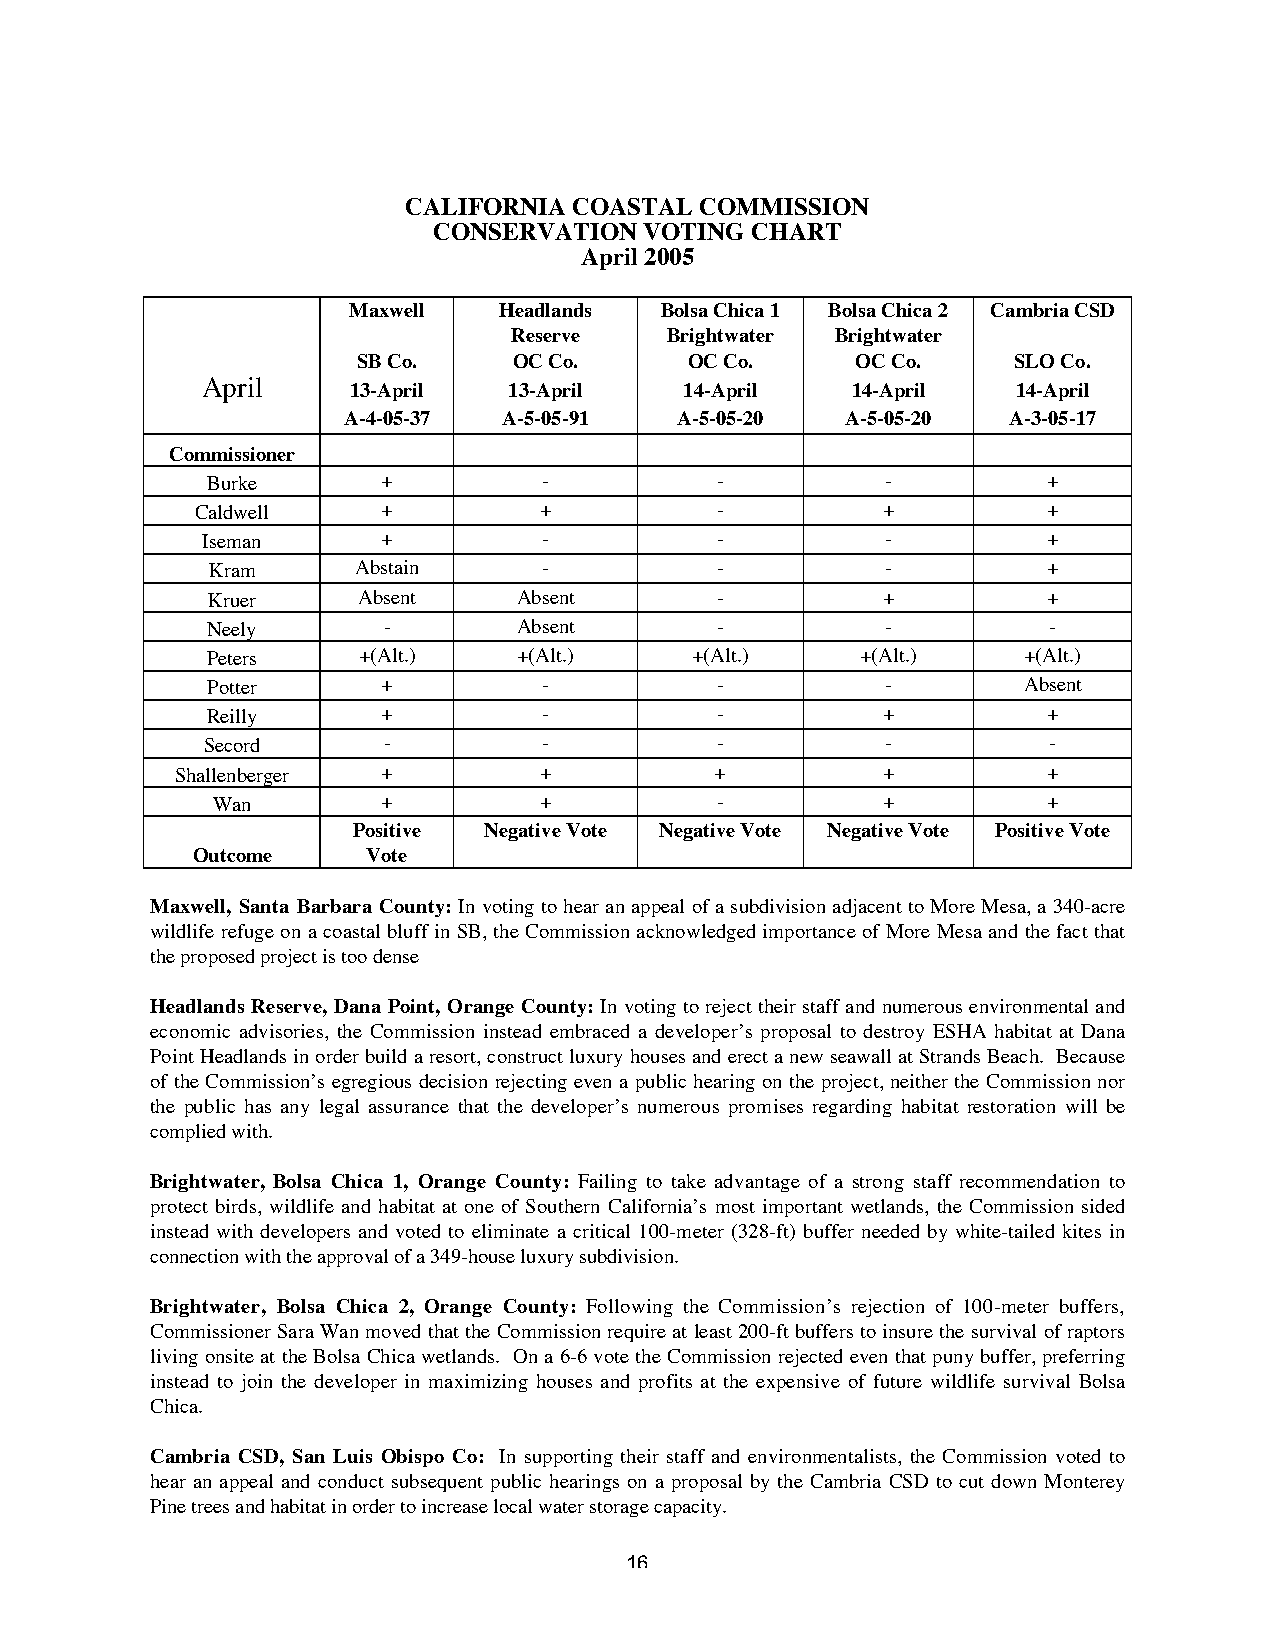
CALIFORNIA COASTAL COMMISSION
 CONSERVATION  VOTING CHART
 April 2005
 Maxwell   Headlands  Bolsa Chica 1 Bolsa Chica 2 Cambria CSD
 Reserve   Brightwater Brightwater
 SB Co.    OC Co.      OC Co.     OC Co.    SLO Co.
 April
 13-April   13-April   14-April   14-April   14-April
 A-4-05-37 A-5-05-91   A-5-05-20  A-5-05-20  A-3-05-17
 Commissioner
 Burke      +          -          -           -         +
 Caldwell    +          +          -          +          +
 Iseman      +          -          -           -         +
 Kram      Abstain     -          -           -         +
 Kruer     Absent    Absent       -          +          +
 Neely      -        Absent       -           -         -
 Peters    +(Alt.)   +(Alt.)     +(Alt.)    +(Alt.)    +(Alt.)
 Potter     +          -          -           -        Absent
 Reilly     +          -          -          +          +
 Secord      -          -          -           -         -
 Shallenberger +         +          +          +          +
 Wan        +          +          -          +          +
 Positive Negative Vote Negative Vote Negative Vote Positive Vote
 Outcome    Vote
 Maxwell, Santa Barbara County: In voting to hear an appeal of a subdivision adjacent to More Mesa, a 340-acre
 wildlife refuge on a coastal bluff in SB, the Commission acknowledged importance of More Mesa and the fact that
 the proposed project is too dense
 Headlands Reserve, Dana Point, Orange County: In voting to reject their staff and numerous environmental and
 economic advisories, the Commission instead embraced a developer’s proposal to destroy ESHA habitat at Dana
 Point Headlands in order build a resort, construct luxury houses and erect a new seawall at Strands Beach. Because
 of the Commission’s egregious decision rejecting even a public hearing on the project, neither the Commission nor
 the public has any legal assurance that the developer’s numerous promises regarding habitat restoration will be
 complied with.
 Brightwater, Bolsa Chica 1, Orange County: Failing to take advantage of a strong staff recommendation to
 protect birds, wildlife and habitat at one of Southern California’s most important wetlands, the Commission sided
 instead with developers and voted to eliminate a critical 100-meter (328-ft) buffer needed by white-tailed kites in
 connection with the approval of a 349-house luxury subdivision.
 Brightwater, Bolsa Chica 2, Orange County: Following the Commission’s rejection of 100-meter buffers,
 Commissioner Sara Wan moved that the Commission require at least 200-ft buffers to insure the survival of raptors
 living onsite at the Bolsa Chica wetlands. On a 6-6 vote the Commission rejected even that puny buffer, preferring
 instead to join the developer in maximizing houses and profits at the expensive of future wildlife survival Bolsa
 Chica.
 Cambria CSD, San Luis Obispo Co: In supporting their staff and environmentalists, the Commission voted to
 hear an appeal and conduct subsequent public hearings on a proposal by the Cambria CSD to cut down Monterey
 Pine trees and habitat in order to increase local water storage capacity.
 16